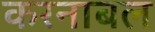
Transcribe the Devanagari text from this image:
करनाबल